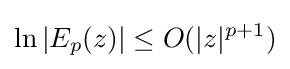
\ln |E_{p}(z)|\leq O(|z|^{p+1})